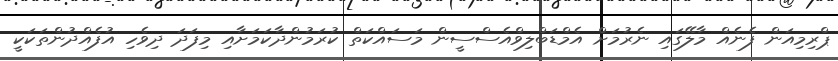
ޕްރިމިއަން ފެނެއް މާލޭގައި ނެރުމަށް އެމްޑަބްލިވްއެސްސީން މަސައްކަތް ކުރަމުންދާކަމަށާއި މިފަދަ ދިވެހި އުފެއްދުންތަކަކީ